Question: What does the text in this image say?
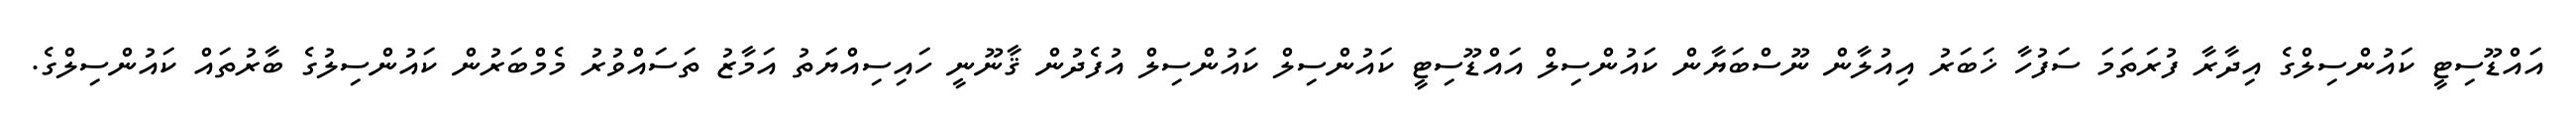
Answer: އައްޑޫސިޓީ ކައުންސިލްގެ އިދާރާ ފުރަތަމަ ސަފުހާ ޚަބަރު އިއުލާން ނޫސްބަޔާން ކައުންސިލް އައްޑޫސިޓީ ކައުންސިލް ކައުންސިލް އުފެދުން ޤާނޫނީ ހައިސިއްޔަތު އަމާޒު ތަސައްވުރު މެމްބަރުން ކައުންސިލުގެ ބާރުތައް ކައުންސިލްގެ.